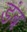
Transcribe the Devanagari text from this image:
डंब